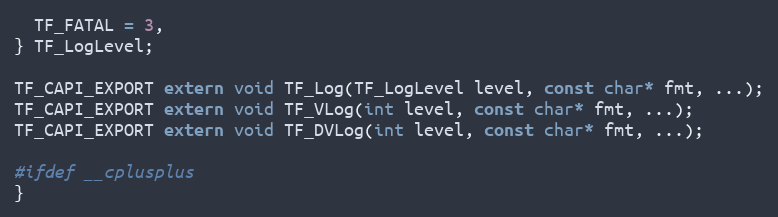
Language: C
  TF_FATAL = 3,
} TF_LogLevel;

TF_CAPI_EXPORT extern void TF_Log(TF_LogLevel level, const char* fmt, ...);
TF_CAPI_EXPORT extern void TF_VLog(int level, const char* fmt, ...);
TF_CAPI_EXPORT extern void TF_DVLog(int level, const char* fmt, ...);

#ifdef __cplusplus
}